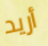
أريد